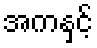
အကနှင့်